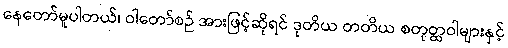
နေတော်မူပါတယ်၊ ဝါတော်စဉ် အားဖြင့်ဆိုရင် ဒုတိယ တတိယ စတုတ္ထဝါများနှင့်